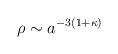
LaTeX: \begin{align*}\rho \sim a^{-3(1+\kappa)} \end{align*}